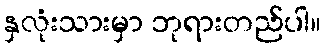
နှလုံးသားမှာ ဘုရားတည်ပါ။